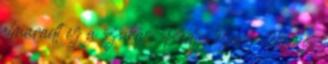
elmaradt ez a szokás. Pedig ezen a téren is